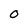
Character: O